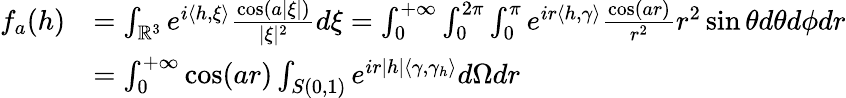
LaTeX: \begin{array}{rl}{f_{a}(h)}&{=\int_{\mathbb{R}^{3}}e^{i\langle h,\xi\rangle}\frac{\cos(a|\xi|)}{|\xi|^{2}}d\xi=\int_{0}^{+\infty}\int_{0}^{2\pi}\int_{0}^{\pi}e^{ir\langle h,\gamma\rangle}\frac{\cos(ar)}{r^{2}}r^{2}\sin\theta d\theta d\phi dr}\\ &{=\int_{0}^{+\infty}\cos(ar)\int_{S(0,1)}e^{ir|h|\langle\gamma,\gamma_{h}\rangle}d\Omega dr}\end{array}